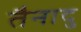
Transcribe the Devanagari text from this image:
तैनादु